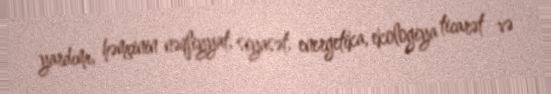
yardımı, həmçinin nəqliyyat, siyasət, energetika, ekologiya ticarət və